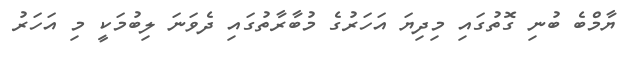
ޔާމްބެ ބުނި ގޮތުގައި މިދިޔަ އަހަރުގެ މުބާރާތުގައި ދެވަނަ ލިބުމަކީ މި އަހަރު